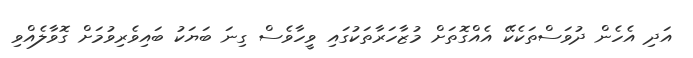
އަދި އެހެން ދުވަސްތަކެކޭ އެއްގޮތަށް މުޒާހަރާތަކުގައި ވީހާވެސް ގިނަ ބަޔަކު ބައިވެރިވުމަށް ގޮވާލެއްވި